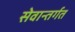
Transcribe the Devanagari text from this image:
सेवान्तर्गत